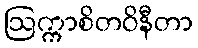
ဩက္ကာစိတဝိနီတာ